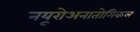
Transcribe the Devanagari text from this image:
नयूरोअनातोमिकल